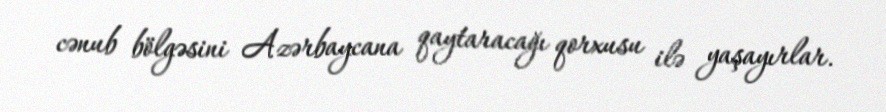
cənub bölgəsini Azərbaycana qaytaracağı qorxusu ilə yaşayırlar.